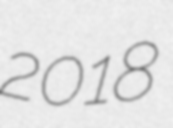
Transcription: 2018